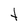
Character: t